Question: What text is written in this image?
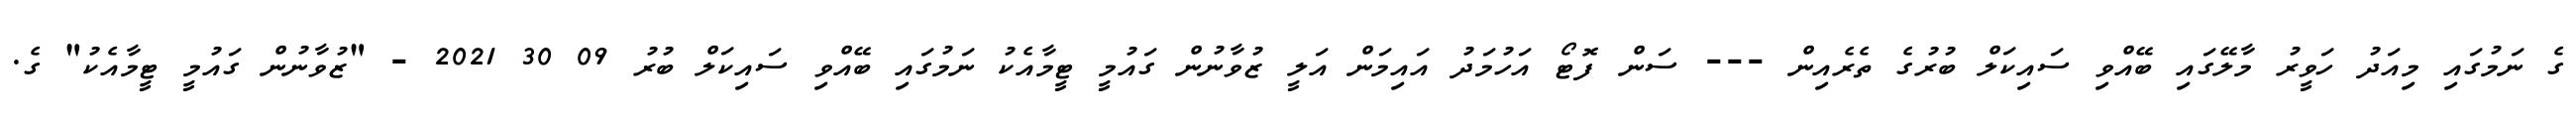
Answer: ގެ ނަމުގައި މިއަދު ހަވީރު މާލޭގައި ބޭއްވި ސައިކަލް ބުރުގެ ތެރެއިން --- ސަން ފޮޓޯ އަހުމަދު އައިމަން އަލީ ޒުވާނުން ގައުމީ ޓީމާއެކު ނަމުގައި ބޭއްވި ސައިކަލް ބުރު 09 30 2021 - "ޒުވާނުން ގައުމީ ޓީމާއެކު" ގެ.